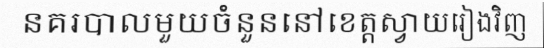
នគរបាលមួយចំនួននៅខេត្តស្វាយរៀងវិញ